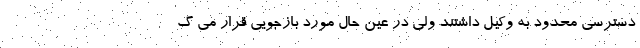
دسترسی محدود به وکیل داشتند ولی در عین حال مورد بازجویی قرار می گ